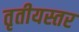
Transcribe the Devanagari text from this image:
तृतीयस्तर